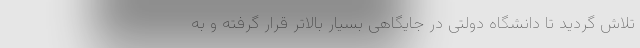
تلاش گردید تا دانشگاه دولتی در جایگاهی بسیار بالاتر قرار گرفته و به